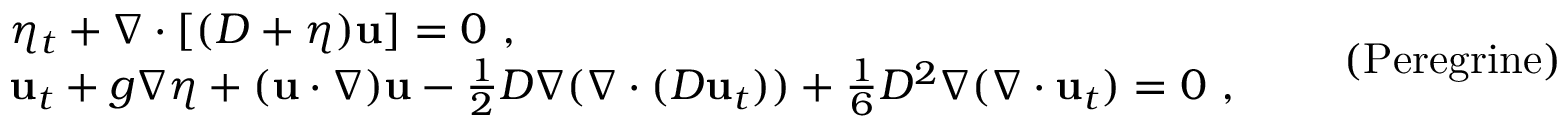
\begin{array} { r l } & { \eta _ { t } + \nabla \cdot [ ( D + \eta ) \mathbf { u } ] = 0 \ , } \\ & { { \bf u } _ { t } + g \nabla \eta + ( \mathbf { u } \cdot \nabla ) \mathbf { u } - \frac { 1 } { 2 } D \nabla ( \nabla \cdot ( D \mathbf { u } _ { t } ) ) + \frac { 1 } { 6 } D ^ { 2 } \nabla ( \nabla \cdot \mathbf { u } _ { t } ) = 0 \ , } \end{array} \qquad \mathrm { ( P e r e g r i n e ) }